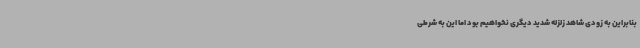
بنابراین به زودی شاهد زلزله شدید دیگری نخواهیم بود اما این به شرطی